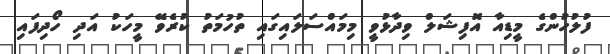
ފުލުހުންގެ މީޑިއާ އޮފިޝަލް ވިދާޅުވީ މިމައްސަލައިގައި ތުހުމަތު ކުރެވޭ މީހަކު އަދި ހޯދިފައި